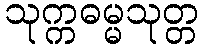
သုက္ကဓမ္မသုတ္တ